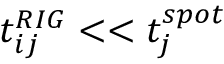
t _ { i j } ^ { R I G } < < t _ { j } ^ { s p o t }